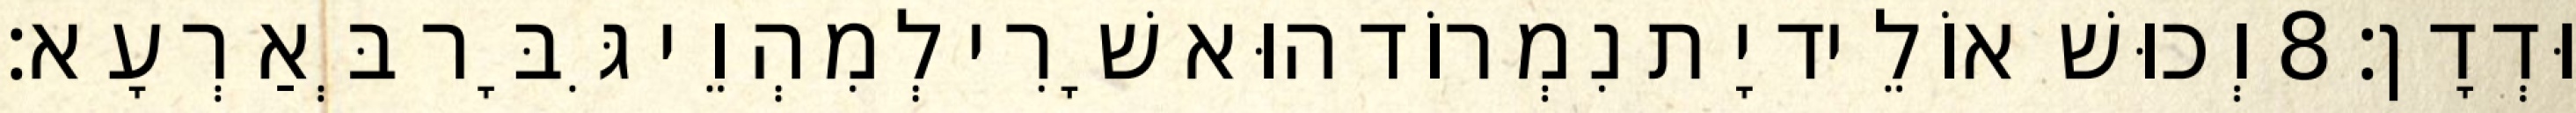
וּדְדָן׃ 8 וְכוּשׁ אוֹלֵיד יָת נִמְרוֹד הוּא שָׁרִי לְמִהְוֵי גִּבָּר בְּאַרְעָא׃